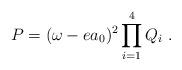
LaTeX: \begin{align*}P = (\omega - e a_0)^2 \prod_{i=1}^4 Q_i \ .\end{align*}